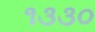
૧૩૩૦